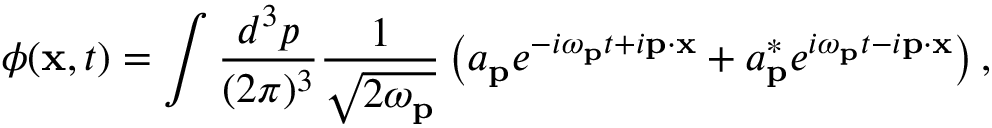
\phi ( \mathbf { x } , t ) = \int { \frac { d ^ { 3 } p } { ( 2 \pi ) ^ { 3 } } } { \frac { 1 } { \sqrt { 2 \omega _ { \mathbf { p } } } } } \left( a _ { \mathbf { p } } e ^ { - i \omega _ { \mathbf { p } } t + i \mathbf { p } \cdot \mathbf { x } } + a _ { \mathbf { p } } ^ { * } e ^ { i \omega _ { \mathbf { p } } t - i \mathbf { p } \cdot \mathbf { x } } \right) ,